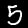
Label: 5